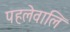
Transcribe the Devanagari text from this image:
पहलेवालि